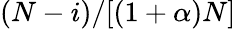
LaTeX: (N-i)/[(1+\alpha)N]